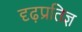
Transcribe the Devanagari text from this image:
दृढ़प्रतिज्ञ